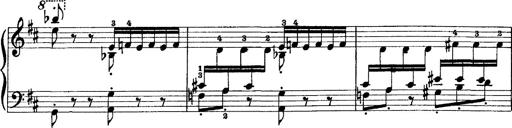
Title: Scherzo und Marsch
Composer: Franz Liszt